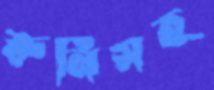
রুনিসহ